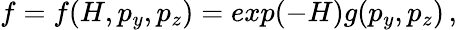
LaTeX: \begin{array}{r}{f=f(H,p_{y},p_{z})=exp(-H)g(p_{y},p_{z})\, ,}\end{array}